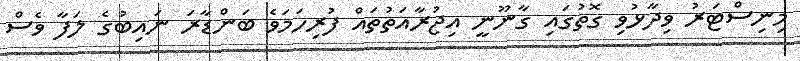
މިނިސްޓަރު ވިދާޅުވި ގޮތުގައި ގާނޫނީ އިޖުރާއަތުތައް ފުރިހަމަވެ ބަންޑާރަ ނައިބުގެ ލަފާ ވެސް